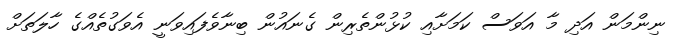
ނިންމަން އަދި މާ އަވަސް ކަމަށާއި ކުޅުންތެރިން ގެނައުން ބިނާވެފައިވަނީ އެވަގުތެއްގެ ހާލަތަށް